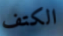
الكتف